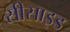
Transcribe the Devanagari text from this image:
सीसाइड